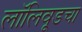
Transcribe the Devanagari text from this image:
लॉलिवूडचा